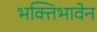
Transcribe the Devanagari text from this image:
भक्तिभावेन